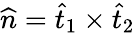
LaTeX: \widehat{n}=\widehat{t}_{1}\times\widehat{t}_{2}